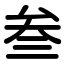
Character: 叁